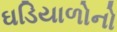
ઘડિયાળોનો